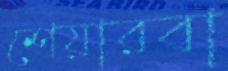
শেয়ারবা